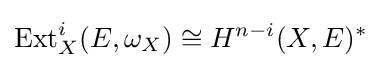
\operatorname {Ext} _{X}^{i}(E,\omega _{X})\cong H^{n-i}(X,E)^{*}